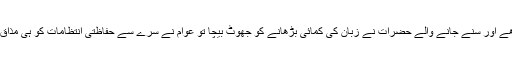
کچھ پڑھے اور سنے جانے والے حضرات نے زبان کی کمائی بڑھانے کو جھوٹ بیچا تو عوام نے سرے سے حفاظتی انتظامات کو ہی مذاق بنا ڈالا۔